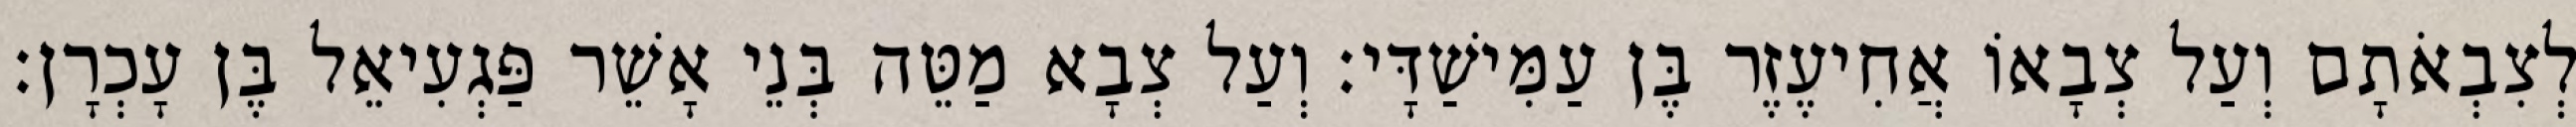
לְצִבְאֹתָם וְעַל צְבָאוֹ אֲחִיעֶזֶר בֶּן עַמִּישַׁדָּי׃ וְעַל צְבָא מַטֵּה בְּנֵי אָשֵׁר פַּגְעִיאֵל בֶּן עָכְרָן׃